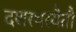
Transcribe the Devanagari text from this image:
दशरथस्यैतौ